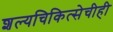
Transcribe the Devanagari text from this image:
शल्यचिकित्सेचीही